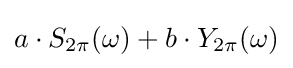
a\cdot S_{2\pi }(\omega )+b\cdot Y_{2\pi }(\omega )